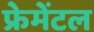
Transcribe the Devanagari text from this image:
फ्रेमेंटल